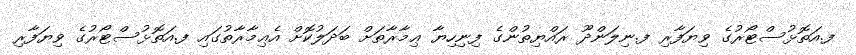
ފ.އަތޮޅުސްޓޯރުގެ ވިޔަފާރި ފ.ނިލަންދޫ ރައްޔިތުންގެ ފިނިހިޔާ ޢިމާރާތަށް ބަދަލުކޮށް އެޢިމާރާތުގައި ފ.އަތޮޅުސްޓޯރުގެ ވިޔަފާރި